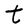
Character: t